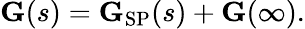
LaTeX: {\textbf{G}}(s)={\textbf{G}}_{\mathrm{SP}}(s)+{\textbf{G}}(\infty).